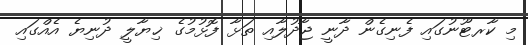
މި ކާރޓޫނުގައި ފެނިގެން ދާނީ ޖާދުލާއި ތަޅާ ފޮޅުމުގެ ޚިޔާލީ ދުނިޔެ އެއްގައި